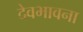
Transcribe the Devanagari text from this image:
देवभावना